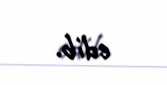
edib.